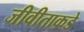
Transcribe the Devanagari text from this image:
जीवीताकडे